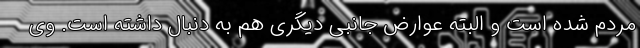
مردم شده است و البته عوارض جانبی دیگری هم به دنبال داشته است. وی